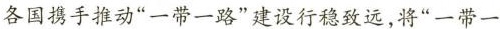
各国携手推动”一带一路”建设行稳致远，将”一带一